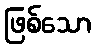
ဖြစ်သော